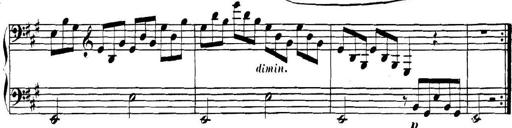
Title: Collected Piano Sonatas
Composer: Muzio Clementi